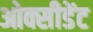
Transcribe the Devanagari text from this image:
ओक्सीडेंट